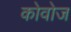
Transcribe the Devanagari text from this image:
कोवोज